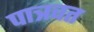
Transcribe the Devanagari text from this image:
पात्रवत